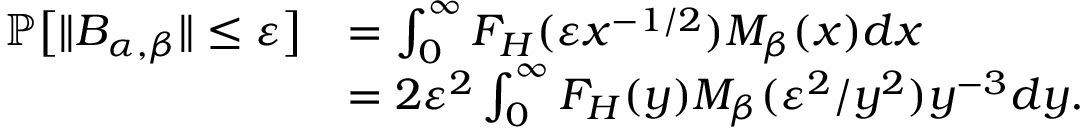
\begin{array} { r l } { \mathbb { P } \big [ \| B _ { \alpha , \beta } \| \leq \varepsilon \big ] } & { = \int _ { 0 } ^ { \infty } F _ { H } ( \varepsilon x ^ { - 1 / 2 } ) M _ { \beta } ( x ) d x } \\ & { = 2 \varepsilon ^ { 2 } \int _ { 0 } ^ { \infty } F _ { H } ( y ) M _ { \beta } ( \varepsilon ^ { 2 } / y ^ { 2 } ) y ^ { - 3 } d y . } \end{array}